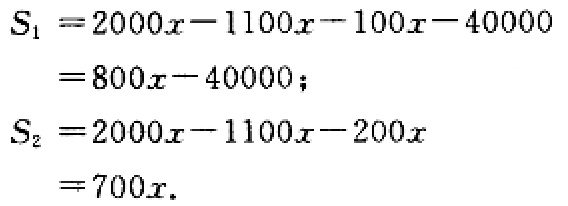
\[
\begin{align*}
S_{1}&=2000x - 1100x - 100x - 40000\\
&=800x - 40000;\\
S_{2}&=2000x - 1100x - 200x\\
&=700x.
\end{align*}
\]